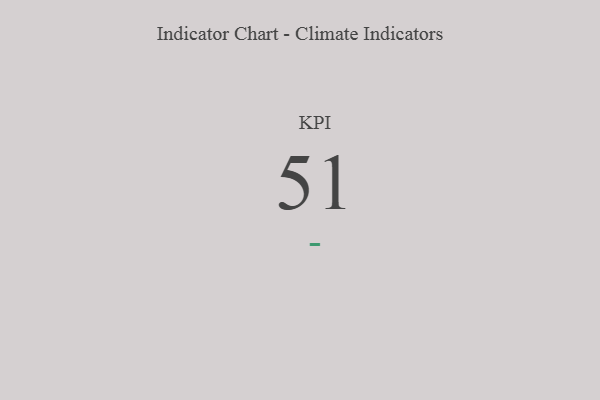
{"axis": {"x": "KPI", "y": "Value"}, "legend": [""], "data": [{"x": "KPI", "y": 51, "type": ""}]}